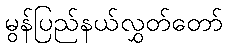
မွန်ပြည်နယ်လွှတ်တော်